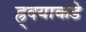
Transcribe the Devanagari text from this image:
ह्र्दयाकडे